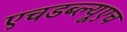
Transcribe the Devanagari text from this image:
एचडब्ल्यूएच